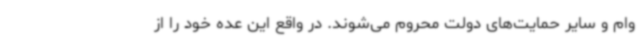
وام و سایر حمایت‌های دولت محروم می‌شوند. در واقع این عده خود را از